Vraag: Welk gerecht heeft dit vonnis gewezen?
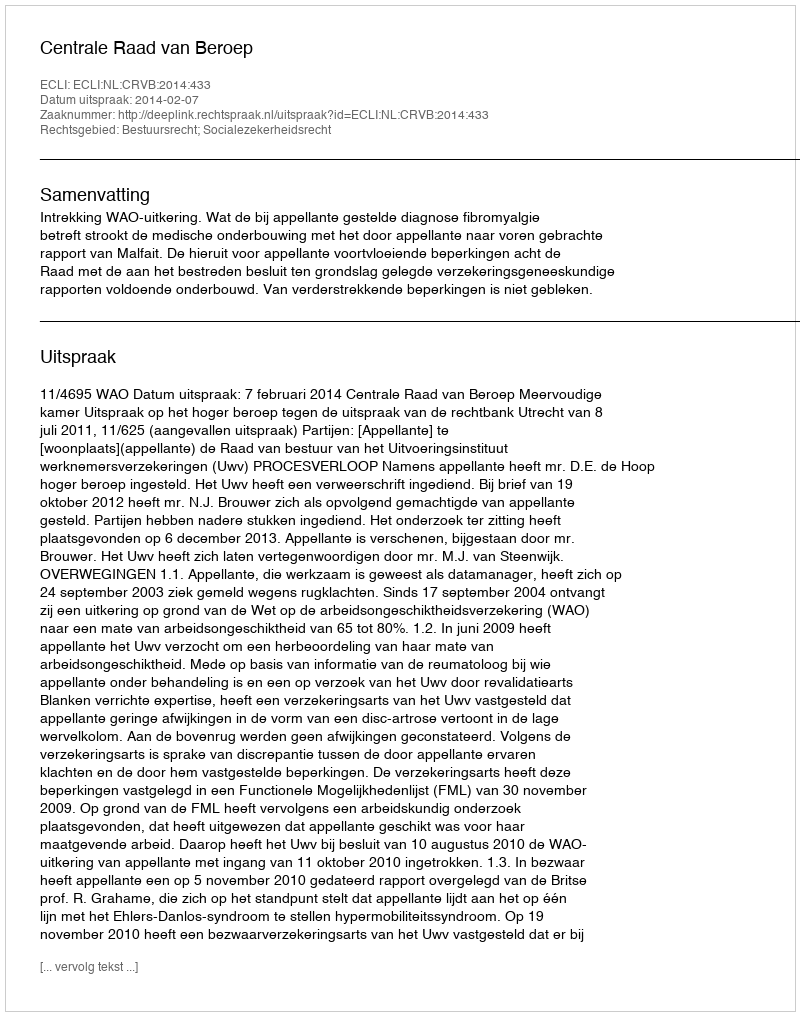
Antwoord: Centrale Raad van Beroep